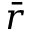
\bar { r }